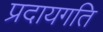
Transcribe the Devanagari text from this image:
प्रदायगति